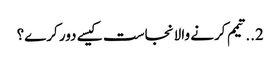
2..تیمم کرنے والا نجاست کیسے دور کرے؟